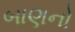
બાણનો